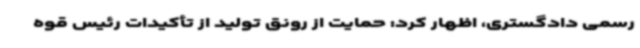
رسمی دادگستری، اظهار کرد: حمایت از رونق تولید از تأکیدات رئیس قوه